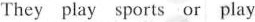
They play sports or play